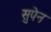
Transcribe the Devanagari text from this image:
सुपेन